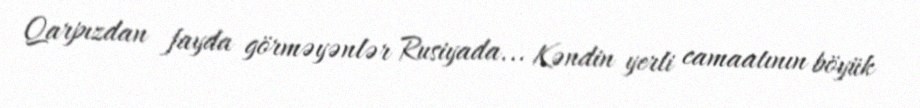
Qarpızdan fayda görməyənlər Rusiyada... Kəndin yerli camaatının böyük